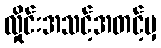
လှိုင်းအသင့်အတင့်မှ